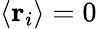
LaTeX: \langle\mathbf{r}_{i}\rangle=0